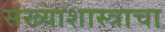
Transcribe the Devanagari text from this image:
संख्याशास्त्राचा